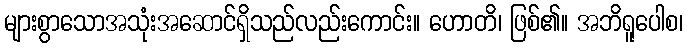
များစွာသောအသုံးအဆောင်ရှိသည်လည်းကောင်း။ ဟောတိ၊ ဖြစ်၏။ အဘိရူပေါစ၊